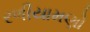
રળીયામણો